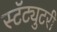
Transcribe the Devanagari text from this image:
स्टॅट्युटरी